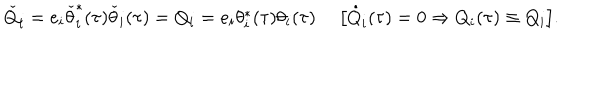
{ \check { Q } } _ { i } = e _ { i } \check { \theta } _ { i } ^ { \ast } ( \tau ) \check { \theta } _ { i } ( \tau ) = Q _ { i } = e _ { i } \theta _ { i } ^ { \ast } ( \tau ) \theta _ { i } ( \tau ) ~ ~ \big [ \dot { Q } _ { i } ( \tau ) = 0 \Rightarrow Q _ { i } ( \tau ) \equiv Q _ { i } \big ] .